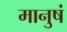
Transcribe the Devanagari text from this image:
मानुषं